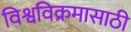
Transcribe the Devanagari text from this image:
विश्वविक्रमासाठी